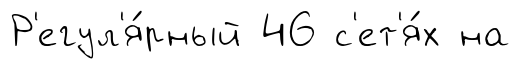
Р'егул'я́рный 46 с'ет'я́х на